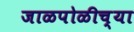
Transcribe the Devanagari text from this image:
जाळपोळीच्या